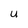
Character: U